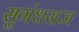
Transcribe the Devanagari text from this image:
सुगंधराज